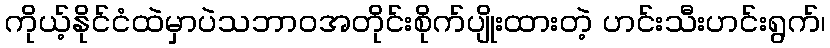
ကိုယ့်နိုင်ငံထဲမှာပဲသဘာဝအတိုင်းစိုက်ပျိုးထားတဲ့ ဟင်းသီးဟင်းရွက်၊